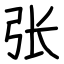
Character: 张